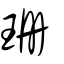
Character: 珊